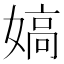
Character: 𡠀